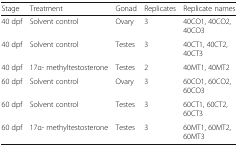
<table><thead><tr><td><b>Stage</b></td><td><b>Treatment</b></td><td><b>Gonad</b></td><td><b>Replicates</b></td><td><b>Replicate names</b></td></tr></thead><tbody><tr><td>40 dpf</td><td>Solvent control</td><td>Ovary</td><td>3</td><td>40CO1, 40CO2, 40CO3</td></tr><tr><td>40 dpf</td><td>Solvent control</td><td>Testes</td><td>3</td><td>40CT1, 40CT2, 40CT3</td></tr><tr><td>40 dpf</td><td>17α- methyltestosterone</td><td>Testes</td><td>2</td><td>40MT1, 40MT2</td></tr><tr><td>60 dpf</td><td>Solvent control</td><td>Ovary</td><td>3</td><td>60CO1, 60CO2, 60CO3</td></tr><tr><td>60 dpf</td><td>Solvent control</td><td>Testes</td><td>3</td><td>60CT1, 60CT2, 60CT3</td></tr><tr><td>60 dpf</td><td>17α- methyltestosterone</td><td>Testes</td><td>3</td><td>60MT1, 60MT2, 60MT3</td></tr></tbody></table>